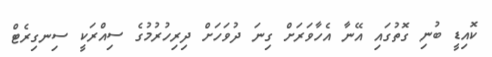
ކޮއިޑީ ބުނި ގޮތުގައި އޭނާ އެހާވަރަށް ގިނަ ދުވަހަށް ދިރިހުރުމުގެ ސިއްރަކީ ސިނގިރެޓް